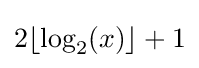
2\lfloor \log _{2}(x)\rfloor +1